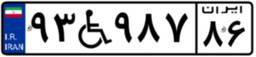
۹۳W۹۸۷۸۶